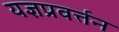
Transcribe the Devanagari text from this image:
यज्ञप्रवर्त्तन